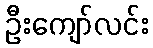
ဦးကျော်လင်း